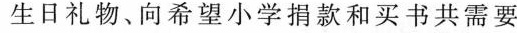
生日礼物、向希望小学捐款和买书共需要